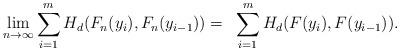
LaTeX: \begin{align*}\lim_{n \to \infty} \sum_{i=1}^{m} H_d(F_n(y_i),F_n(y_{i-1})) =~ \sum_{i=1}^{m} H_d(F(y_i),F(y_{i-1})).\end{align*}